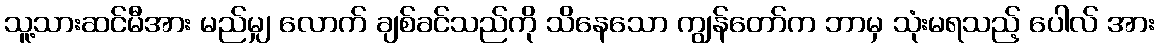
သူ့သားဆင်မီအား မည်မျှ လောက် ချစ်ခင်သည်ကို သိနေသော ကျွန်တော်က ဘာမှ သုံးမရသည့် ပေါလ် အား